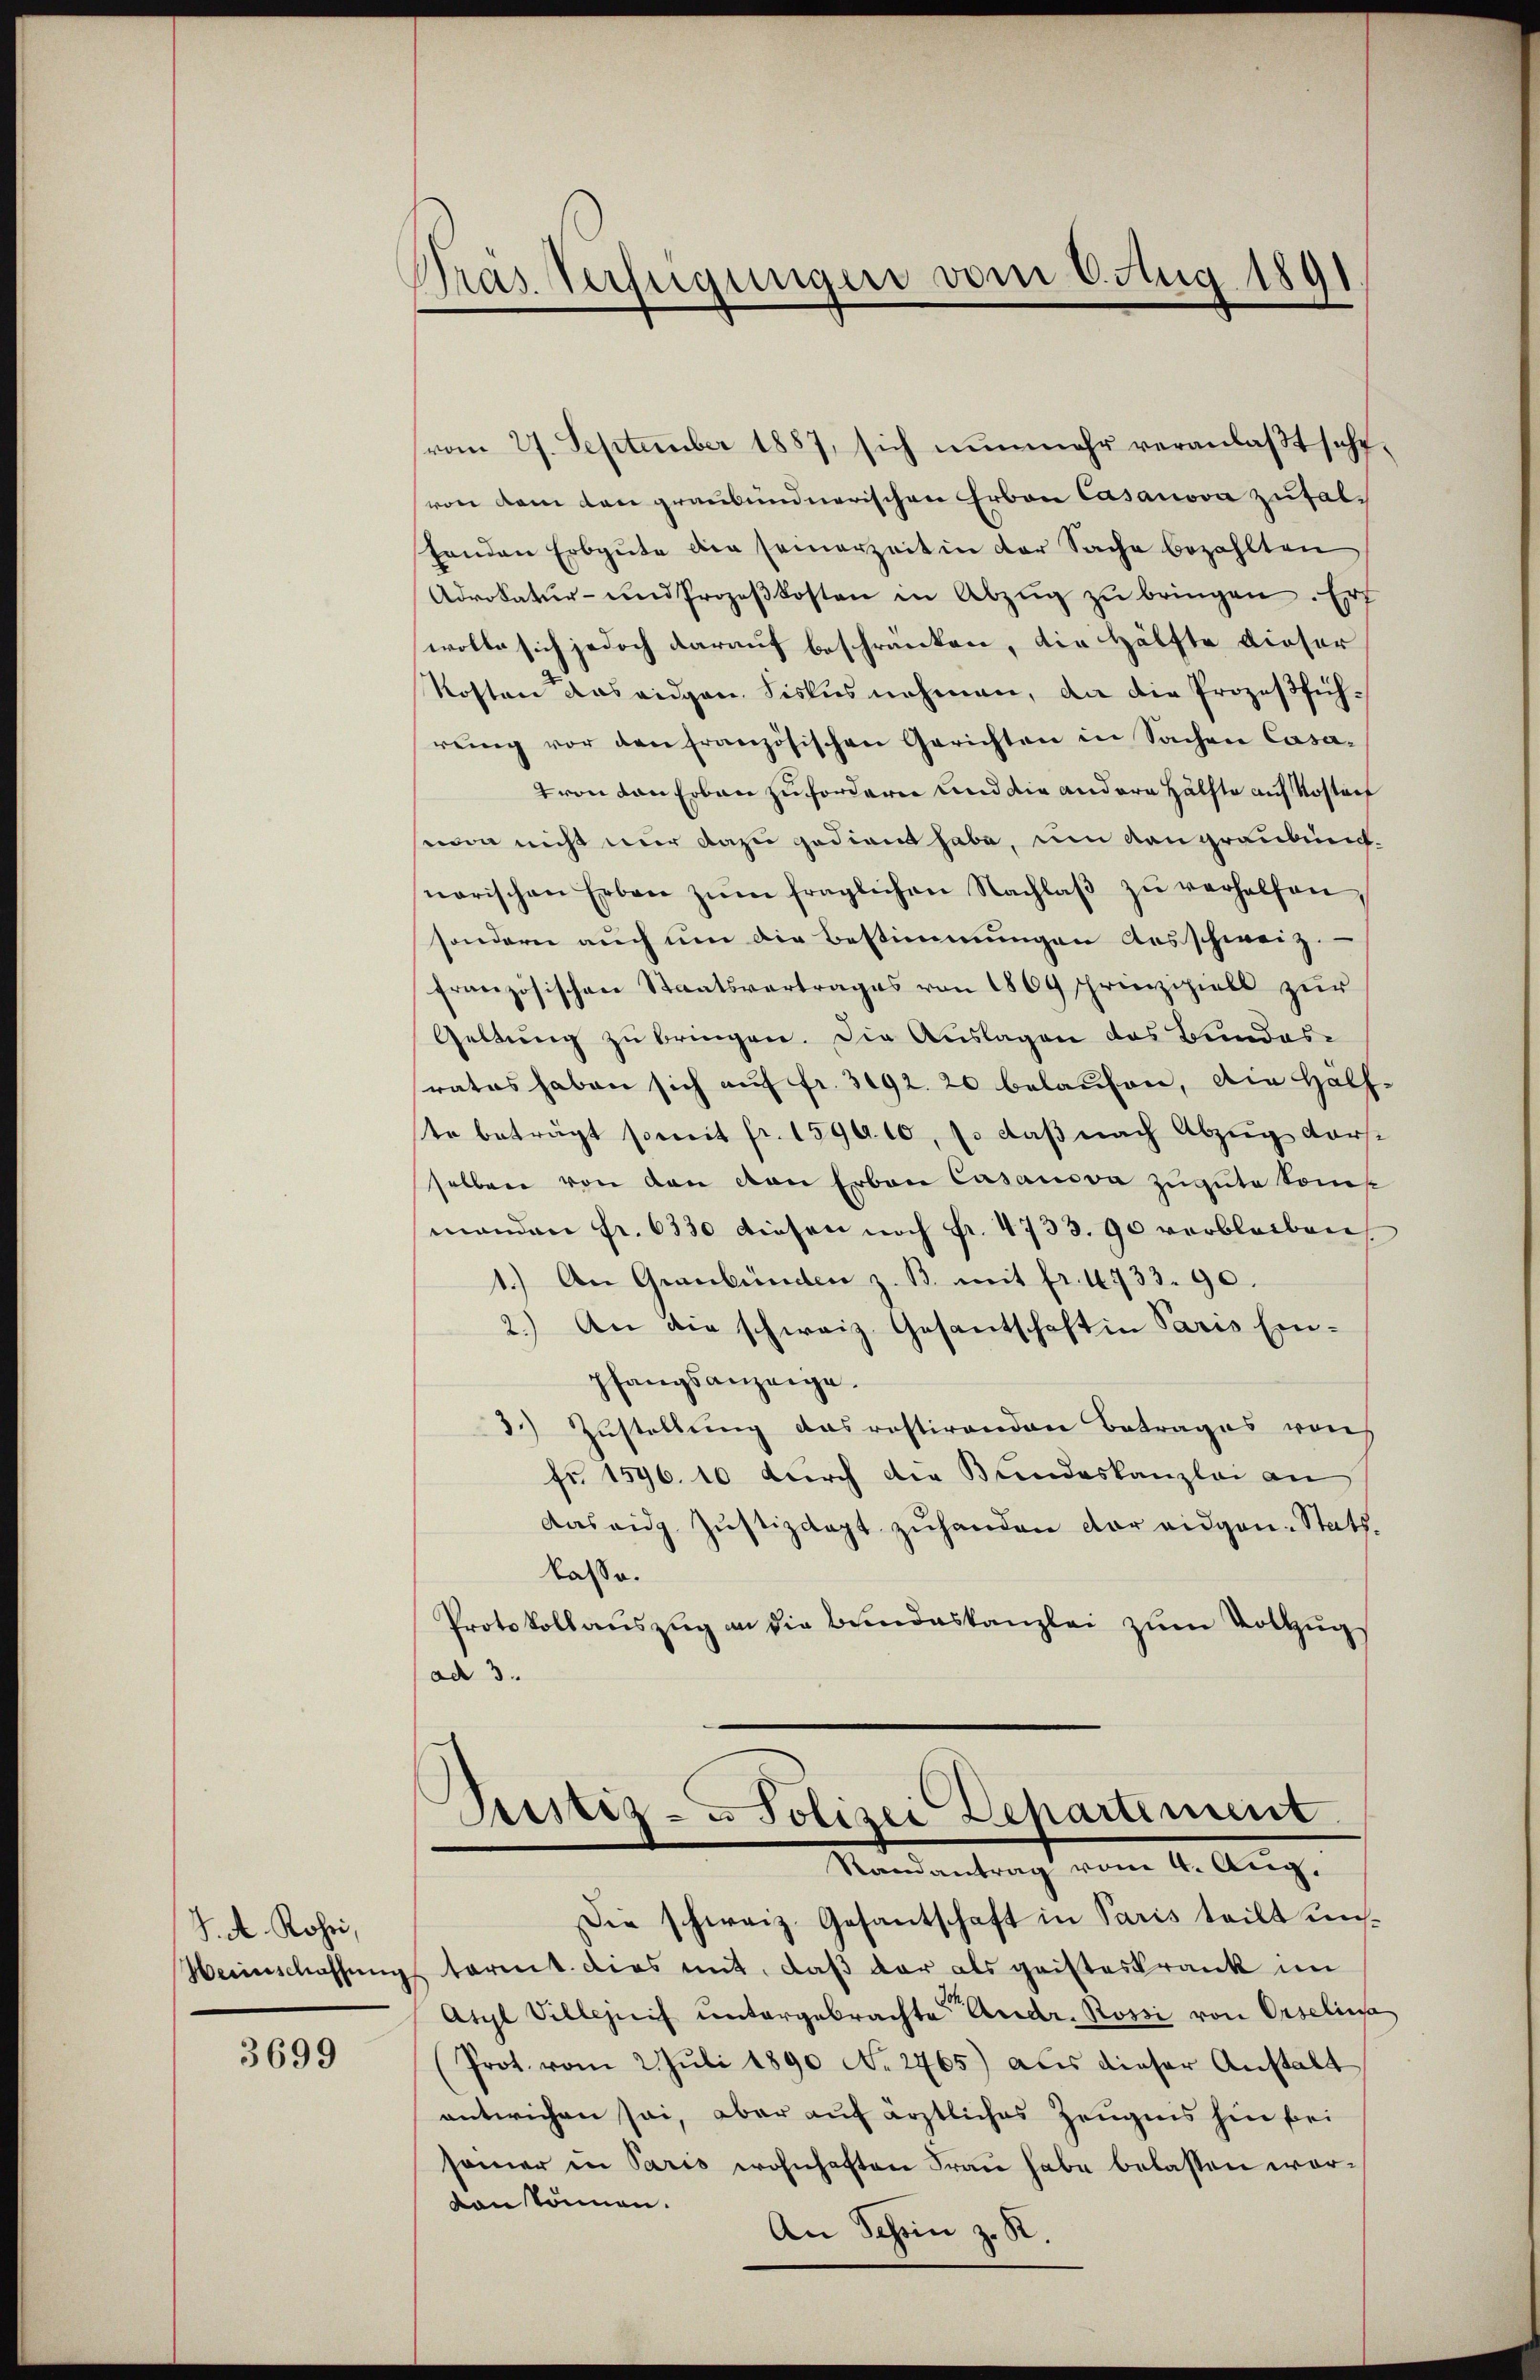
J. A. Rohei,
Weinschaffung

3699

Gras Verfügungen vom 6. Aug 1891
.

Prustiz- & Polizei Departement
Mandantragt vom 4. Aug.

vom 27. September 1887, sich nunmehr veranlaßt sehr,
von dem den graubündnerischen Erben Casanova zufalhanden Erbgute die seinerzeit in der Sache bezahlten
Advokatur- und Prozeβkosten in Abzŭg zŭ bringen. Er
wolle sich jedoch darauf beschränken, die Hälfte dieser
Kosten das eidgen. Siskus nehmen, an die Prozeßführŭng vor den französischen Gerichten in Sachen Casatron von Erben zufordern und die andere Hälfte auf Kostorf
won nicht nur dazu gedient habe, um den graubuentnorischen Erben zŭm fraglichen Nachlaβ zŭ verhelfen,
sondern auch um die Bestimmungen Ausschweiz.
französischen Staatsvertrages von 1869 sprinzipiell zur
Geltung zu bringen. Die Auslagen das Bundesratus haben sich auf fr. 3092. 20 belaufen, die Half-
te beträgt somit fr. 159910, so daβ nach Abzug vor-
selben von den von Erben Casanova zugute komp
manden Fr. 6330 diesen noch Fr. 4733. 90 verbleiben
1.) An Graubünden z. B. mit fr. 1733. 90.
2.) An die schweiz. Gesantschaft in Paris Einpfangsanzeige.
3.) Zustellung das restirenden Betrages von
fr 1596. 10 durch die Bundeskanzlei an
das eidg. Justizdept zuhanden der eidgan-Statt¬
Kassa.
Protokoll auszug an die Bundeskanzlei zum Vollzugs
ad 3.

Die schweiz. Gesantschaft in Paris teilt uns
tarmt dies mit, daß der als geisteskrank im
Atyl Villezeich untergebrachte Andr. Rossi von Orscliess
(Prot. vom 2. Jŭli 1890 No. 2765) als dieser Anstalt
entwichen sei, aber auf ärztliches Zeugnis hin bei
samer in Paris wohnhaften Frau habe belassen worvon können.
An Schön z. K